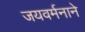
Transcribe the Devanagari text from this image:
जयवर्मनाने